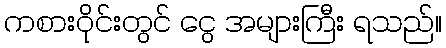
ကစားဝိုင်းတွင် ငွေ အများကြီး ရသည်။